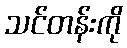
သင်တန်းကို